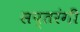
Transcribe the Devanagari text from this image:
सप्‍तरंगी